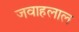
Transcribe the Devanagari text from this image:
जवाहलाल